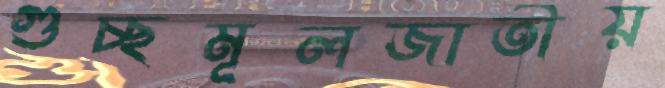
গুচ্ছমূলজাতীয়